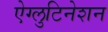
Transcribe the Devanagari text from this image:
ऐग्लुटिनेशन